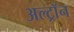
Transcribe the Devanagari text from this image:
अल्ट्राॅन